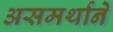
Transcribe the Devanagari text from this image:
असमर्थानें